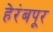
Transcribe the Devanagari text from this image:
हेरंबपूर